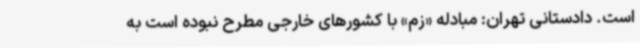
است. دادستانی تهران: مبادله «زم» با کشورهای خارجی مطرح نبوده است به